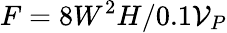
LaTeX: F=8W^{2}H/0.1\mathcal{V}_{P}